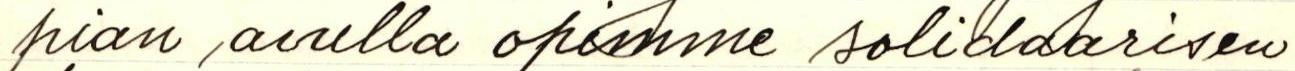
pian avulla opimme solidaarisen